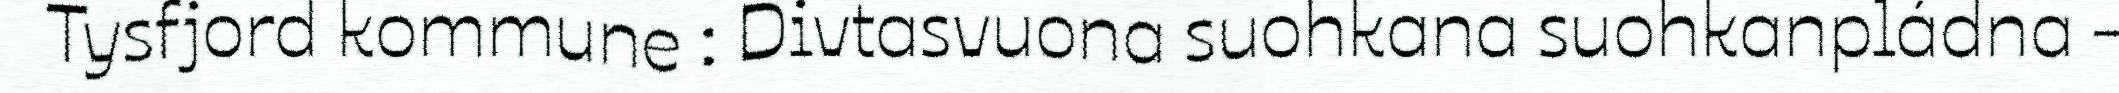
Tysfjord kommune : Divtasvuona suohkana suohkanpládna -